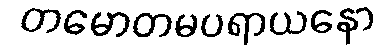
တမောတမပရာယနော